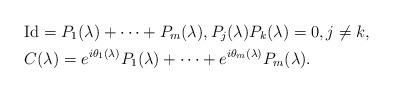
LaTeX: \begin{align*}& \mathrm{Id} = P_1(\lambda) + \cdots + P_m(\lambda), P_j(\lambda)P_k(\lambda) = 0, j\neq k,\\& C(\lambda) = e^{i\theta_1(\lambda)} P_1(\lambda) + \cdots + e^{i\theta_m(\lambda)} P_m(\lambda).\end{align*}